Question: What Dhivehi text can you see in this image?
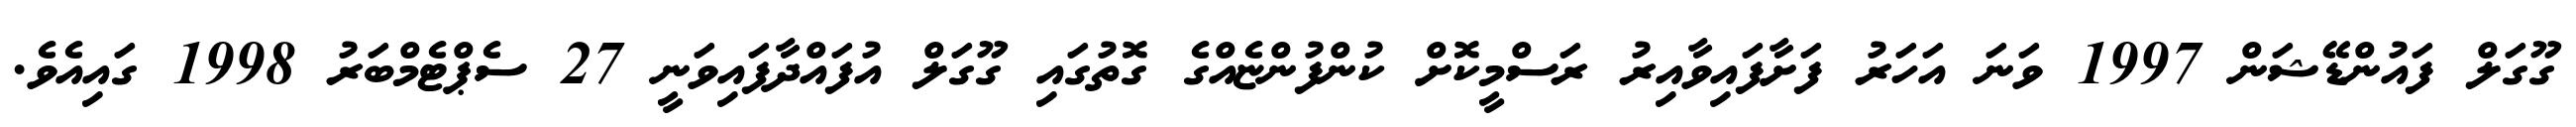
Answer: ގޫގަލް ފައުންޑޭޝަން 1997 ވަނަ އަހަރު ފަށާފައިވާއިރު ރަސްމީކޮށް ކުންފުންޏެއްގެ ގޮތުގައި ގޫގަލް އުފައްދާފައިވަނީ 27 ސެޕްޓެމްބަރު 1998 ގައިއެވެ.